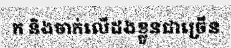
ក និងចាក់លើដងខ្លួនជាច្រើន